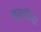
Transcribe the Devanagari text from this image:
मूलाविधा